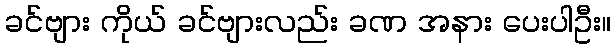
ခင်ဗျား ကိုယ် ခင်ဗျားလည်း ခဏ အနား ပေးပါဦး။